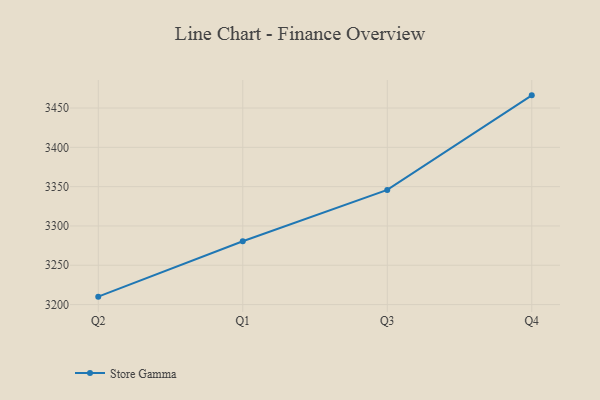
{"axis": {"x": "Quarter", "y": "Page Views"}, "legend": ["Store Gamma"], "data": [{"x": "Q2", "y": 3210.1, "type": "Store Gamma"}, {"x": "Q1", "y": 3280.5, "type": "Store Gamma"}, {"x": "Q3", "y": 3345.8, "type": "Store Gamma"}, {"x": "Q4", "y": 3466.1, "type": "Store Gamma"}]}